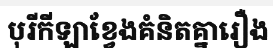
បុរីកីឡាខ្វែងគំនិតគ្នារឿង